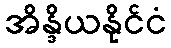
အိန္ဒိယနိုင်ငံ